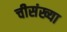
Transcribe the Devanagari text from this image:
चीसंख्या